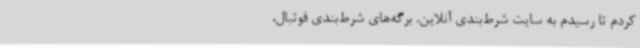
کردم تا رسیدم به سایت شرط‌بندی آنلاین. برگه‌های شرط‌بندی فوتبال،